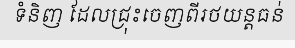
ទំនិញ ដែលជ្រុះចេញពីរថយន្តធន់